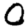
Digit: 0